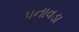
પનાવડા